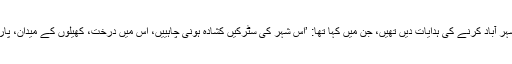
جمشید جی نے اپنے بیٹے دوراب کو خط کے ذریعے ایک صنعتی شہر آباد کرنے کی ہدایات دیں تھیں، جن میں کہا تھا: ’اس شہر کی سٹرکیں کشادہ ہونی چاہییں، اس میں درخت، کھیلوں کے میدان، پارک اور مذہبی عبادت گاہوں کے لیے بھی جگہ مخصوص کی جائے۔